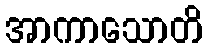
အာကာသောတိ